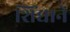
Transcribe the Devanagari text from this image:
शिंद्याने